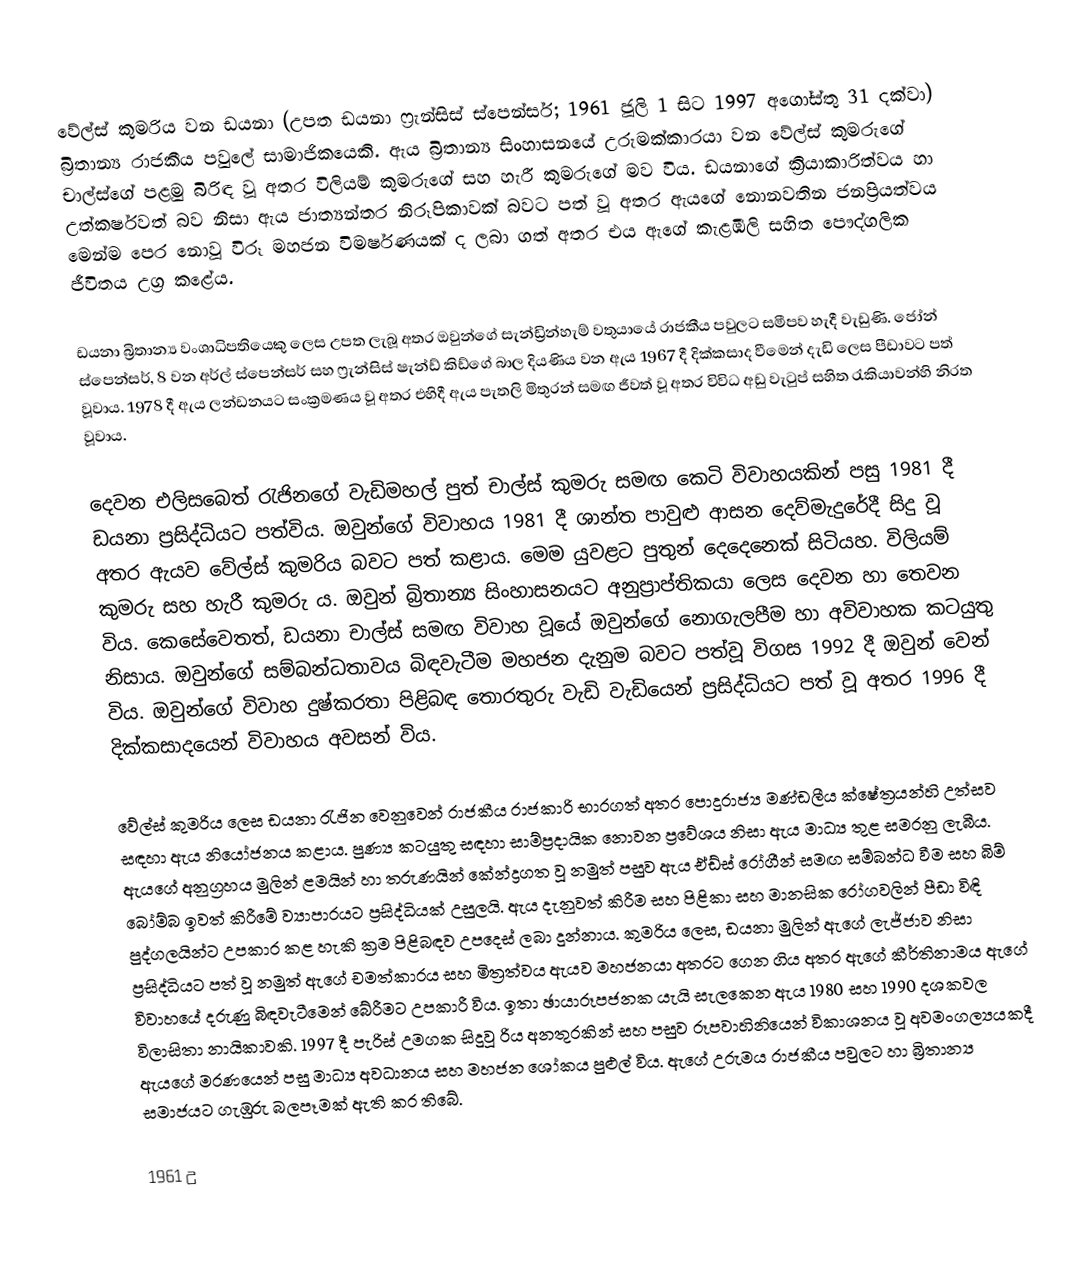
වේල්ස් කුමරිය වන ඩයනා (උපත ඩයනා ෆ්‍රැන්සිස් ස්පෙන්සර්; 1961 ජූලි 1 සිට 1997 අගෝස්තු 31 දක්වා) බ්‍රිතාන්‍ය රාජකීය පවුලේ සාමාජිකයෙකි. ඇය බ්‍රිතාන්‍ය සිංහාසනයේ උරුමක්කාරයා වන වේල්ස් කුමරුගේ චාල්ස්ගේ පළමු බිරිඳ වූ අතර විලියම් කුමරුගේ සහ හැරී කුමරුගේ මව විය. ඩයනාගේ ක්‍රියාකාරිත්වය හා උත්කර්ෂවත් බව නිසා ඇය ජාත්‍යන්තර නිරූපිකාවක් බවට පත් වූ අතර ඇයගේ නොනවතින ජනප්‍රියත්වය මෙන්ම පෙර නොවූ විරූ මහජන විමර්ෂණයක් ද ලබා ගත් අතර එය ඇගේ කැළඹිලි සහිත පෞද්ගලික ජීවිතය උග්‍ර කළේය.

ඩයනා බ්‍රිතාන්‍ය වංශාධිපතියෙකු ලෙස උපත ලැබූ අතර ඔවුන්ගේ සැන්ඩ්‍රින්හැම් වතුයායේ රාජකීය පවුලට සමීපව හැදී වැඩුණි. ජෝන් ස්පෙන්සර්, 8 වන අර්ල් ස්පෙන්සර් සහ ෆ්‍රැන්සිස් ෂැන්ඩ් කිඩ්ගේ බාල දියණිය වන ඇය 1967 දී දික්කසාද වීමෙන් දැඩි ලෙස පීඩාවට පත් වූවාය. 1978 දී ඇය ලන්ඩනයට සංක්‍රමණය වූ අතර එහිදී ඇය පැතලි මිතුරන් සමඟ ජීවත් වූ අතර විවිධ අඩු වැටුප් සහිත රැකියාවන්හි නිරත වූවාය.

දෙවන එලිසබෙත් රැජිනගේ වැඩිමහල් පුත් චාල්ස් කුමරු සමඟ කෙටි විවාහයකින් පසු 1981 දී ඩයනා ප්‍රසිද්ධියට පත්විය. ඔවුන්ගේ විවාහය 1981 දී ශාන්ත පාවුළු ආසන දෙව්මැදුරේදී සිදු වූ අතර ඇයව වේල්ස් කුමරිය බවට පත් කළාය. මෙම යුවළට පුතුන් දෙදෙනෙක් සිටියහ. විලියම් කුමරු සහ හැරී කුමරු ය. ඔවුන් බ්‍රිතාන්‍ය සිංහාසනයට අනුප්‍රාප්තිකයා ලෙස දෙවන හා තෙවන විය. කෙසේවෙතත්, ඩයනා චාල්ස් සමඟ විවාහ වූයේ ඔවුන්ගේ නොගැලපීම හා අවිවාහක කටයුතු නිසාය. ඔවුන්ගේ සම්බන්ධතාවය බිඳවැටීම මහජන දැනුම බවට පත්වූ විගස 1992 දී ඔවුන් වෙන් විය. ඔවුන්ගේ විවාහ දුෂ්කරතා පිළිබඳ තොරතුරු වැඩි වැඩියෙන් ප්‍රසිද්ධියට පත් වූ අතර 1996 දී දික්කසාදයෙන් විවාහය අවසන් විය.

වේල්ස් කුමරිය ලෙස ඩයනා රැජින වෙනුවෙන් රාජකීය රාජකාරි භාරගත් අතර පොදුරාජ්‍ය මණ්ඩලීය ක්ෂේත්‍රයන්හි උත්සව සඳහා ඇය නියෝජනය කළාය. පුණ්‍ය කටයුතු සඳහා සාම්ප්‍රදායික නොවන ප්‍රවේශය නිසා ඇය මාධ්‍ය තුළ සමරනු ලැබීය. ඇයගේ අනුග්‍රහය මුලින් ළමයින් හා තරුණයින් කේන්ද්‍රගත වූ නමුත් පසුව ඇය ඒඩ්ස් රෝගීන් සමඟ සම්බන්ධ වීම සහ බිම් බෝම්බ ඉවත් කිරීමේ ව්‍යාපාරයට ප්‍රසිද්ධියක් උසුලයි. ඇය දැනුවත් කිරීම සහ පිළිකා සහ මානසික රෝගවලින් පීඩා විඳි පුද්ගලයින්ට උපකාර කළ හැකි ක්‍රම පිළිබඳව උපදෙස් ලබා දුන්නාය. කුමරිය ලෙස, ඩයනා මුලින් ඇගේ ලැජ්ජාව නිසා ප්‍රසිද්ධියට පත් වූ නමුත් ඇගේ චමත්කාරය සහ මිත්‍රත්වය ඇයව මහජනයා අතරට ගෙන ගිය අතර ඇගේ කීර්තිනාමය ඇගේ විවාහයේ දරුණු බිඳවැටීමෙන් බේරීමට උපකාරී විය. ඉතා ඡායාරූපජනක යැයි සැලකෙන ඇය 1980 සහ 1990 දශකවල විලාසිතා නායිකාවකි. 1997 දී පැරිස් උමගක සිදුවූ රිය අනතුරකින් සහ පසුව රූපවාහිනියෙන් විකාශනය වූ අවමංගල්‍යයකදී ඇයගේ මරණයෙන් පසු මාධ්‍ය අවධානය සහ මහජන ශෝකය පුළුල් විය. ඇගේ උරුමය රාජකීය පවුලට හා බ්‍රිතාන්‍ය සමාජයට ගැඹුරු බලපෑමක් ඇති කර තිබේ.

1961 උ